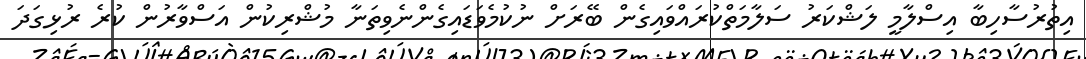
އިތުރުސާހިބާ އިސްލާމީ ލަޝްކަރު ސަލާމަތްކުރައްވައިގެން ބޭރަށް ނުކުމެވަޑައިގެންނެވިތަނާ މުޝްރިކުން އަސްވާރުން ކުރެ ރުޅިގަދަ